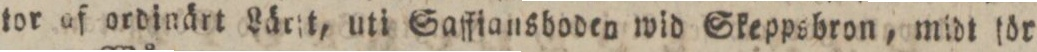
tor af ordinärt Lärſt, uti Safftansboden wid Skeppsbron, midt för